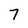
Character: 7